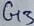
Text: G3